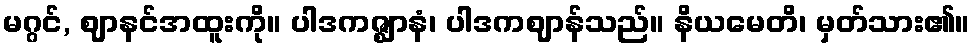
မဂ္ဂင်, ဈာနင်အထူးကို။ ပါဒကဇ္ဈာနံ၊ ပါဒကဈာန်သည်။ နိယမေတိ၊ မှတ်သား၏။